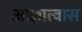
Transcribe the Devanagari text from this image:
आज्ञात्वास